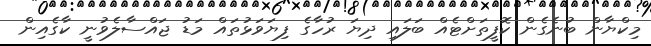
މިކްޔާން ބުނެގެން ކޮފީތަށްޓެއް ބަލައި ދިޔަ ރުހާގެ ފިޔަވަޅުތައް މަޑު ޖައްސާލެވުނީ ކާގެއިން